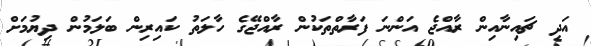
އަދި ޗައިނާއިން ރާއްޖެ އަންނަ ފަރާތްތަކުން ރާއްޖޭގެ ހާލަތު ކައިރިން ބަލަމުން ދިޔުމަށް